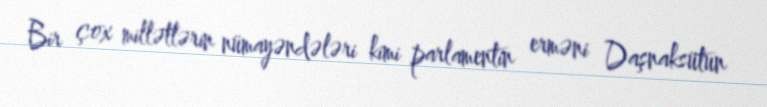
Bir çox millətlərin nümayəndələri kimi parlamentin erməni Daşnaksütun